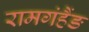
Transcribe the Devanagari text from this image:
रामगंहैंङ